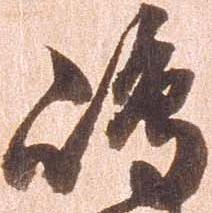
嶋